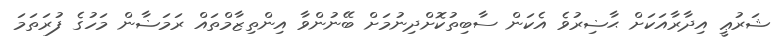
ޝަރުޢީ އިދާރާއަކަށް ޙާޟިރުވެ އެކަން ސާބިތުކޮށްދިނުމަށް ބޭނުންވާ އިންތިޒާމްތައް ރަމަޟާން މަހުގެ ފުރަތަމަ